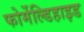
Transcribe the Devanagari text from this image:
फोर्मेल्डिहाइड